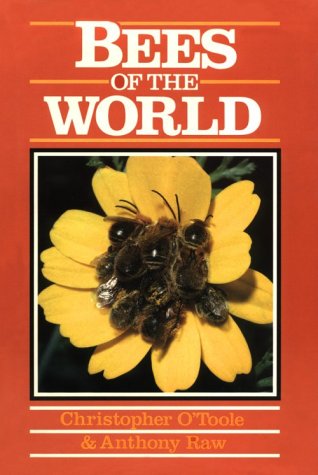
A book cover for Bees of the World (Of the World Series); Christpher O'Toole; Sports & Outdoors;